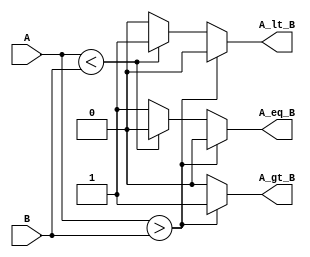
module ParameterizedComparator #(
    parameter WIDTH = 8  // Parameter to specify the bit-width of inputs A and B
) (
    input  wire [WIDTH-1:0] A,        // Input A
    input  wire [WIDTH-1:0] B,        // Input B
    output reg  A_gt_B,                // Output indicating A > B
    output reg  A_lt_B,                // Output indicating A < B
    output reg  A_eq_B                 // Output indicating A == B
);

// Always block to evaluate the comparison
always @* begin
    // Default output values
    A_gt_B = 0;
    A_lt_B = 0;
    A_eq_B = 0;

    // Comparison logic
    if (A > B) begin
        A_gt_B = 1;  // A is greater than B
    end else if (A < B) begin
        A_lt_B = 1;  // A is less than B
    end else begin
        A_eq_B = 1;  // A is equal to B
    end
end

endmodule